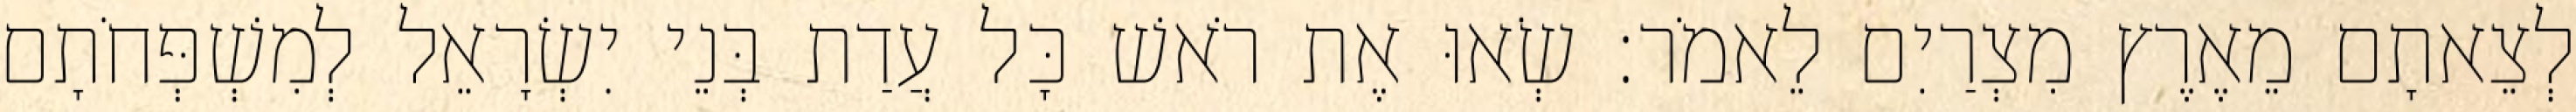
לְצֵאתָם מֵאֶרֶץ מִצְרַיִם לֵאמֹר׃ שְׂאוּ אֶת רֹאשׁ כָּל עֲדַת בְּנֵי יִשְׂרָאֵל לְמִשְׁפְּחֹתָם